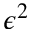
\epsilon ^ { 2 }